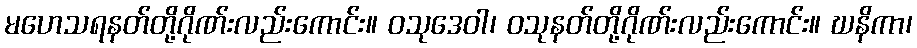
မဟေသရနတ်တို့ဂိုဏ်းလည်းကောင်း။ ဝသုဒေဝါ၊ ဝသုနတ်တို့ဂိုဏ်းလည်းကောင်း။ ဃနိကာ၊